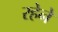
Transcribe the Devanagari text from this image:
रहेनें